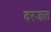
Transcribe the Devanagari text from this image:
दरजात